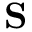
\mathbf { S }